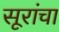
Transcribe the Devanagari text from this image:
सूरांचा